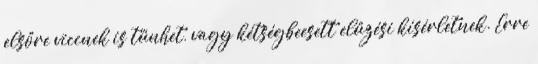
elsőre viccnek is tűnhet, vagy kétségbeesett elűzési kísérletnek. Erre